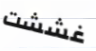
غششت